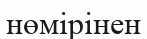
нөмірінен